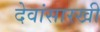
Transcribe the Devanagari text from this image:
देवांसारखी